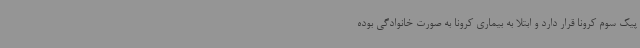
پیک سوم کرونا قرار دارد و ابتلا به بیماری کرونا به صورت خانوادگی بوده